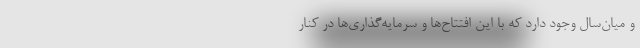
و میان‌سال وجود دارد که با این افتتاح‌ها و سرمایه‌گذاری‌ها در کنار